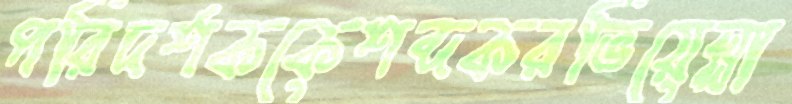
পরিদর্শককেশব্দকরভিয়েল্লা